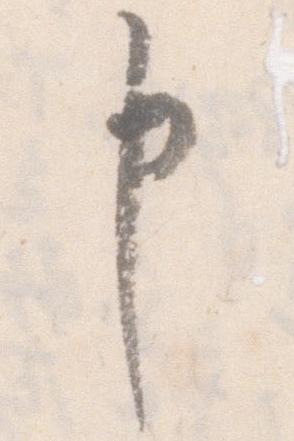
申